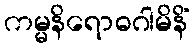
ကမ္မနိရောဓဂါမိနိံ